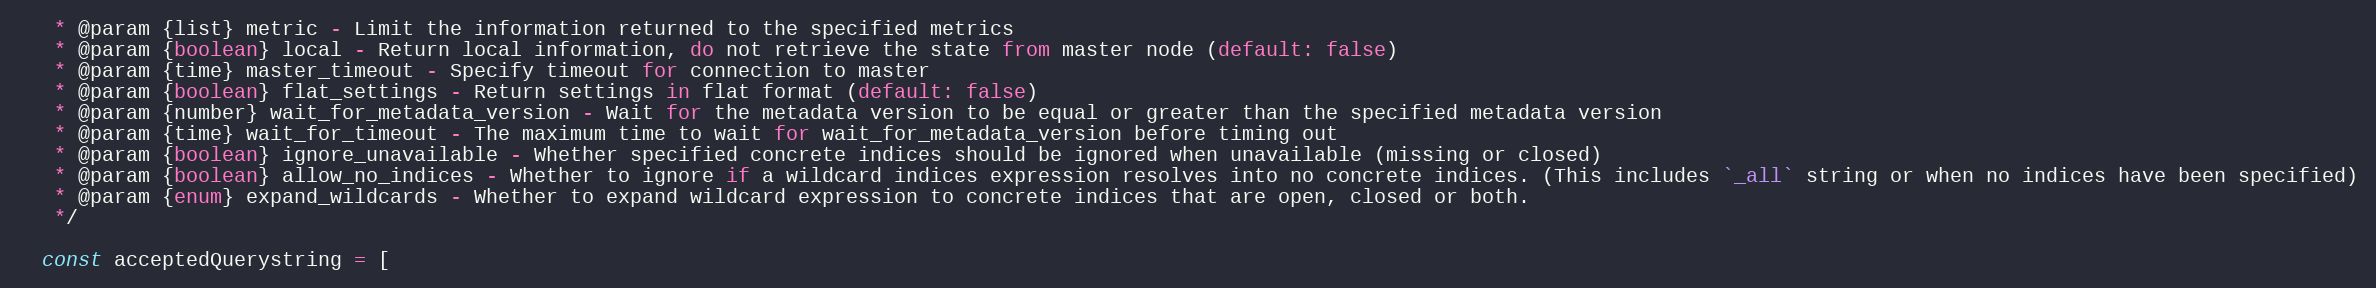
Language: JavaScript
   * @param {list} metric - Limit the information returned to the specified metrics
   * @param {boolean} local - Return local information, do not retrieve the state from master node (default: false)
   * @param {time} master_timeout - Specify timeout for connection to master
   * @param {boolean} flat_settings - Return settings in flat format (default: false)
   * @param {number} wait_for_metadata_version - Wait for the metadata version to be equal or greater than the specified metadata version
   * @param {time} wait_for_timeout - The maximum time to wait for wait_for_metadata_version before timing out
   * @param {boolean} ignore_unavailable - Whether specified concrete indices should be ignored when unavailable (missing or closed)
   * @param {boolean} allow_no_indices - Whether to ignore if a wildcard indices expression resolves into no concrete indices. (This includes `_all` string or when no indices have been specified)
   * @param {enum} expand_wildcards - Whether to expand wildcard expression to concrete indices that are open, closed or both.
   */

  const acceptedQuerystring = [